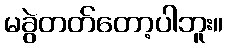
မခွဲတတ်တော့ပါဘူး။